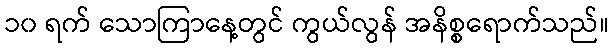
၁၀ ရက် သောကြာနေ့တွင် ကွယ်လွန် အနိစ္စရောက်သည်။